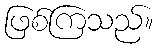
ဖြစ်ကြသည်။